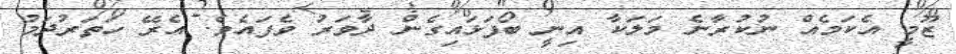
ޒޫމީ އެކަމެއް ނުކުރާނެ މަލަކާ އިނީ ބޯފަޅައިގެން ދާވަރު ވެފައެވެ. އެރޭ ހަތަރުދަމު